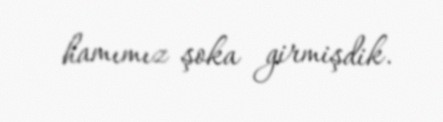
hamımız şoka girmişdik.